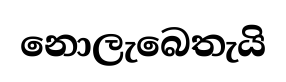
නොලැබෙතැයි